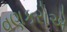
વણકરોએ